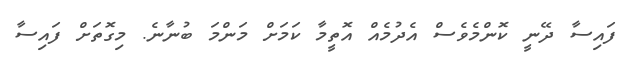
ފައިސާ ދޭނީ ކޮންމެވެސް އެދުމެއް އޮތީމާ ކަމަށް މަންމަ ބުނާނެ. މިގޮތަށް ފައިސާ